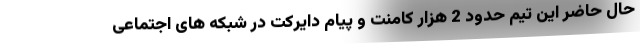
حال حاضر این تیم حدود 2 هزار کامنت و پیام دایرکت در شبکه های اجتماعی